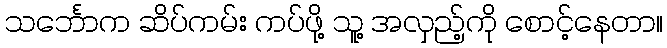
သင်္ဘောက ဆိပ်ကမ်း ကပ်ဖို့ သူ့ အလှည့်ကို စောင့်နေတာ။